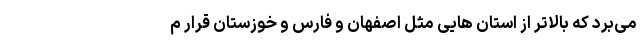
می‌برد که بالاتر از استان هایی مثل اصفهان و فارس و خوزستان قرار م